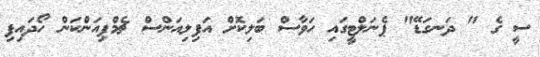
ސީ ގެ " ދަނގަޑޭ" ޕެނަލްޓީގައި ހަވާސް ބަލިކޮށް އަފިލިއަންސް ޗެމްޕިއަންކަން ހޯދައިފި